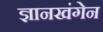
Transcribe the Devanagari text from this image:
ज्ञानखंगेन